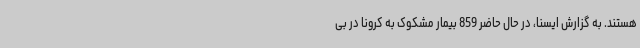
هستند. به گزارش ایسنا، در حال حاضر 859 بیمار مشکوک به کرونا در بی